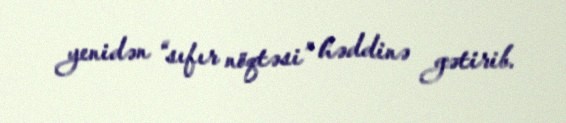
yenidən “sıfır nöqtəsi” həddinə gətirib.